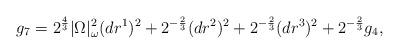
LaTeX: \begin{align*} g_7 = 2^{\frac{4}{3}} |\Omega|_\omega^2 (dr^1)^2 + 2^{-\frac{2}{3}} (dr^2)^2 + 2^{-\frac{2}{3}} (dr^3)^2 + 2^{-\frac{2}{3}} g_4,\end{align*}